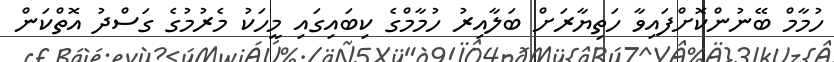
ހުމާމް ބޭނުންކޮށްފައިވާ ހަތިޔާރަށް ބަލާއިރު ހުމާމްގެ ކިބައިގައި މީހަކު މެރުމުގެ ގަސްދު އޮތްކަން